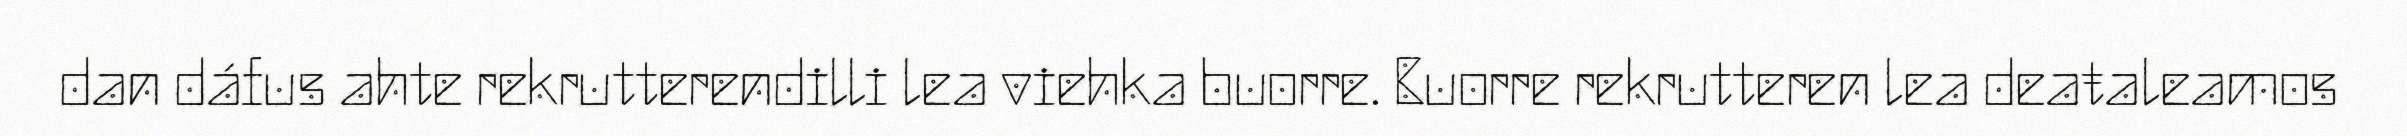
dan dáfus ahte rekrutterendilli lea viehka buorre. Buorre rekrutteren lea deaŧaleamos